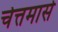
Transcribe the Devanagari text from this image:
चेत्तमासे